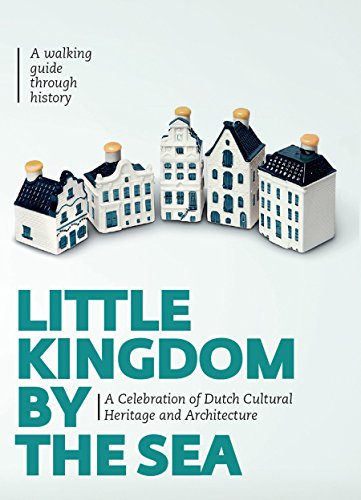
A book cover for Little Kingdom by the Sea: A Celebration of Dutch Cultural Heritage and Architecture: Secrets about the KLM Houses Revealed; Mark Zegeling; History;